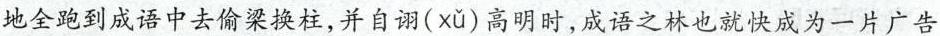
地全跑到成语中去偷梁换柱，并自诩( xǔ )高明时，成语之林也就快成为一片广告